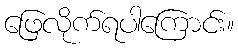
ဖြေလိုက်ရပါကြောင်း။